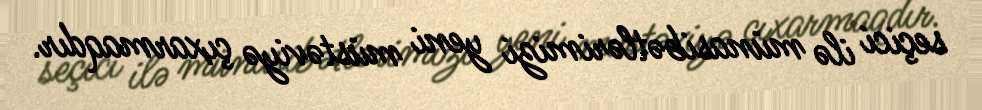
seçici ilə münasibətlərimizi yeni müstəviyə çıxarmaqdır.